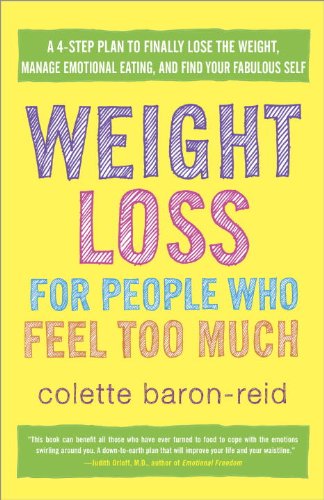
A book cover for Weight Loss for People Who Feel Too Much: A 4-Step Plan to Finally Lose the Weight, Manage Emotional Eating, and Find Your Fabulous Self; Colette Baron-Reid; Self-Help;